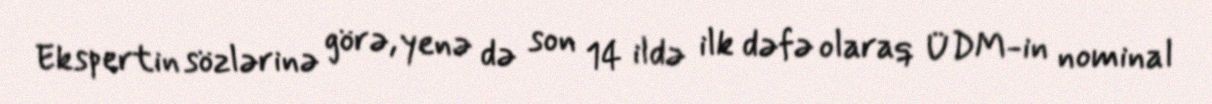
Ekspertin sözlərinə görə, yenə də son 14 ildə ilk dəfə olaraq ÜDM-in nominal